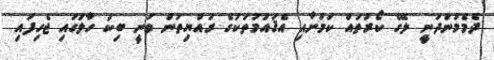
ދެމެމުންދަނީ ލޭގެ ކޯރުތައް ކަމަށާއި އެޤައުމުތަކުގެ ރައްޔިތުން ވަނީ ބިކަ ހާލުގައި ޖެހިފައި